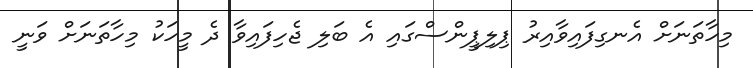
މިހާތަނަށް އެނގިފައިވާއިރު ޕިލިޕީންސްގައި އެ ބަލި ޖެހިފައިވާ ދެ މީހަކު މިހާތަނަށް ވަނީ